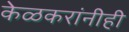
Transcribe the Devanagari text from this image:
केळकरांनीही